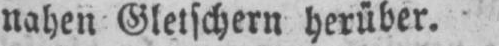
nahen Gletschern herüber.